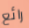
رائع